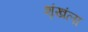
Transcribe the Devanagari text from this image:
शृंखंला